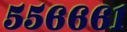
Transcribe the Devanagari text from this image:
५५६६६१